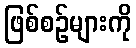
ဖြစ်စဉ်များကို